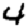
Digit: 4